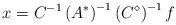
LaTeX: \begin{align*}x=C^{-1}\left(A^{*}\right)^{-1}\left(C^{\diamond}\right)^{-1}f\end{align*}